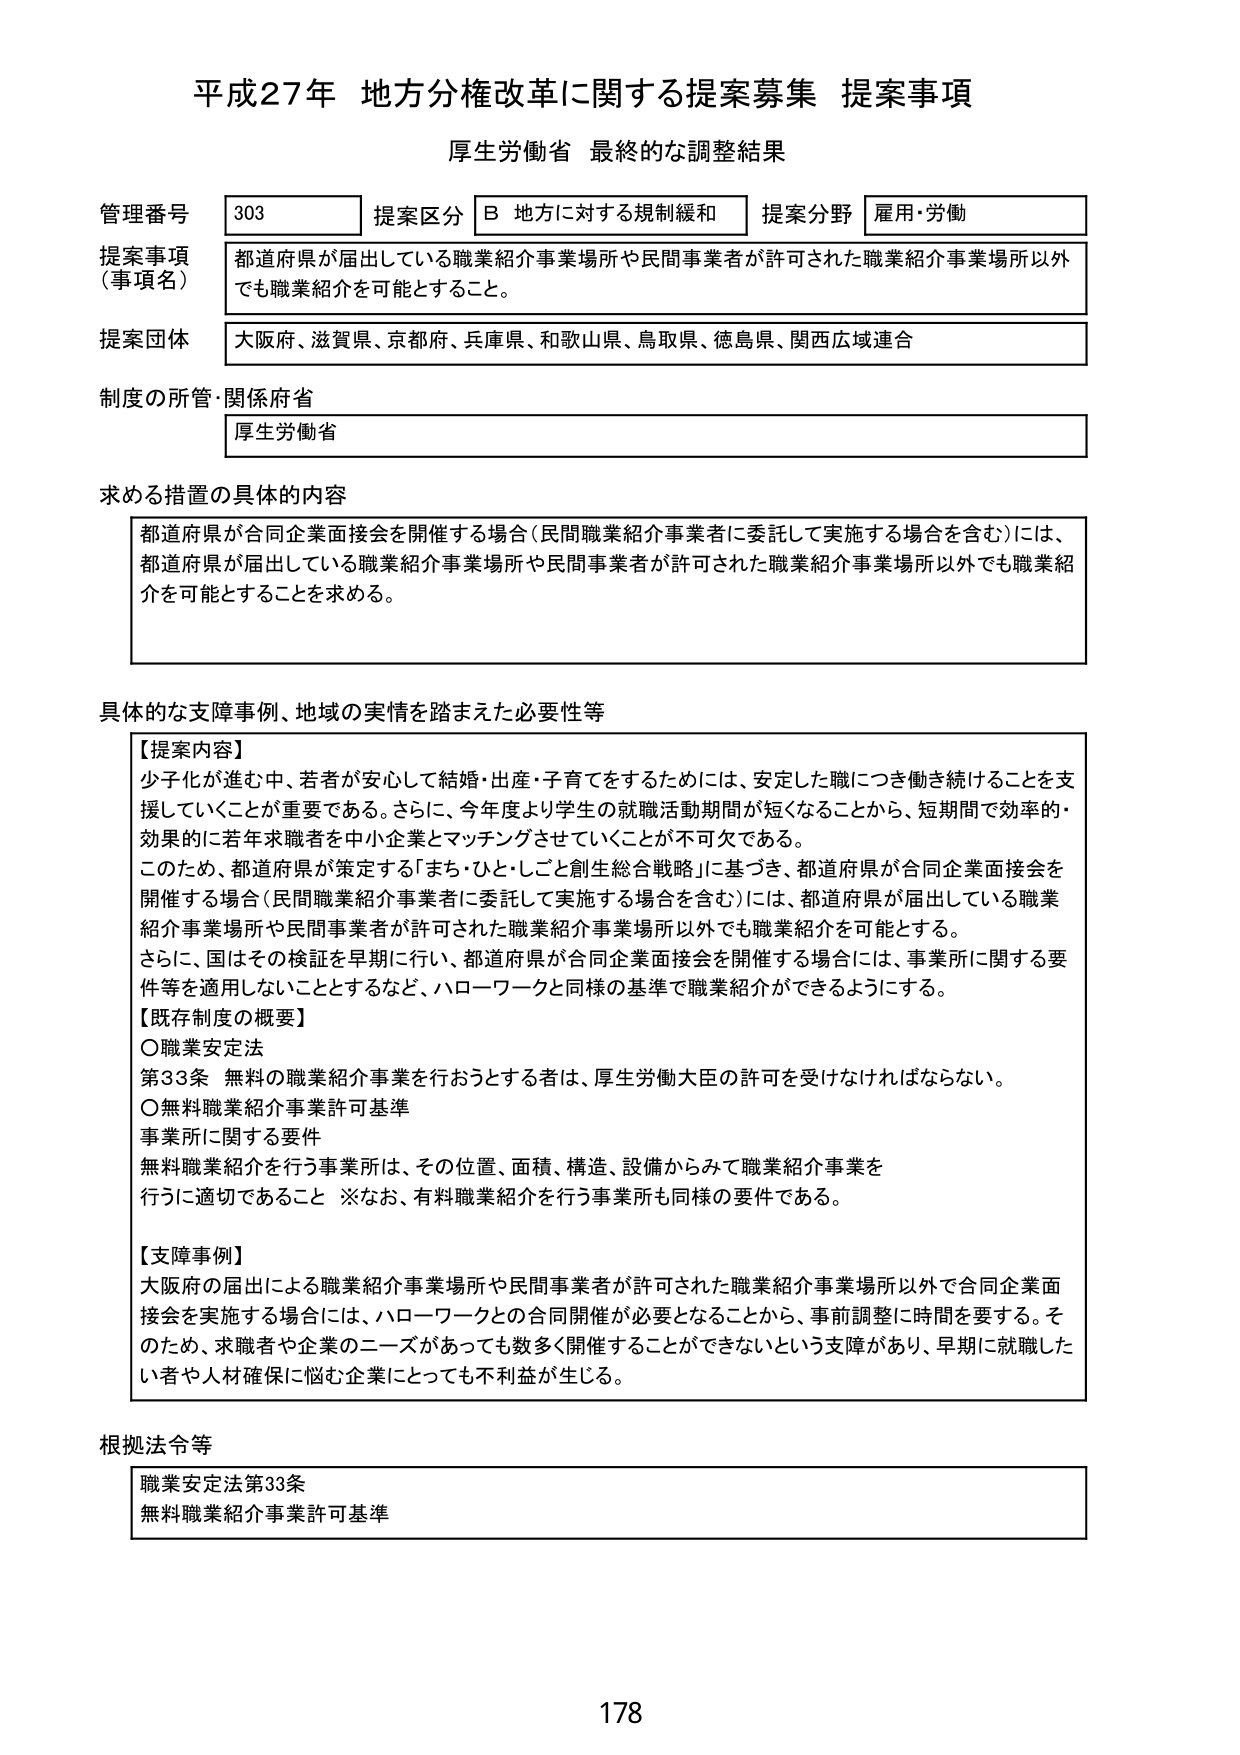
平成27年 地方分権改革に関する提案募集 提案事項
厚生労働省 最終的な調整結果

管理番号 303
提案区分 B 地方に対する規制緩和
提案分野 雇用・労働

提案事項（事項名）
都道府県が届出している職業紹介事業場所や民間事業者が許可された職業紹介事業場所以外でも職業紹介を可能とすること。

提案団体
大阪府、滋賀県、京都府、兵庫県、和歌山県、鳥取県、徳島県、関西広域連合

制度の所管・関係府省
厚生労働省

求める措置の具体的内容
都道府県が合同企業面接会を開催する場合（民間職業紹介事業者に委託して実施する場合を含む）には、都道府県が届出している職業紹介事業場所や民間事業者が許可された職業紹介事業場所以外でも職業紹介を可能とすることを求める。

具体的な支障事例、地域の実情を踏まえた必要性等
【提案内容】
少子化が進む中、若者が安心して結婚・出産・子育てをするためには、安定した職につき働き続けることを支援していくことが重要である。さらに、今年度より学生の就職活動期間が短くなることから、短期間で効率的・効果的に若年求職者を中小企業とマッチングさせていくことが不可欠である。
このため、都道府県が策定する「まち・ひと・しごと創生総合戦略」に基づき、都道府県が合同企業面接会を開催する場合（民間職業紹介事業者に委託して実施する場合を含む）には、都道府県が届出している職業紹介事業場所や民間事業者が許可された職業紹介事業場所以外でも職業紹介を可能とする。
さらに、国はその検証を早期に行い、都道府県が合同企業面接会を開催する場合には、事業所に関する要件等を適用しないこととするなど、ハローワークと同様の基準で職業紹介ができるようにする。

【既存制度の概要】
○職業安定法
第33条 無料の職業紹介事業を行おうとする者は、厚生労働大臣の許可を受けなければならない。
○無料職業紹介事業許可基準
事業所に関する要件
無料職業紹介を行う事業所は、その位置、面積、構造、設備からみて職業紹介事業を行うに適切であること ※なお、有料職業紹介を行う事業所も同様の要件である。

【支障事例】
大阪府の届出による職業紹介事業場所や民間事業者が許可された職業紹介事業場所以外で合同企業面接会を実施する場合には、ハローワークとの合同開催が必要となることから、事前調整に時間を要する。そのため、求職者や企業のニーズがあっても数多く開催することができないという支障があり、早期に就職したい者や人材確保に悩む企業にとっても不利益が生じる。

根拠法令等
職業安定法第33条
無料職業紹介事業許可基準

178